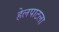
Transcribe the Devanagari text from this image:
हेलपाटला